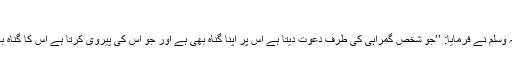
باب الحث علی الصدقہ 1017)
ابو ہریرہ رضی اللہ عنہ سے روایت ہے نبی رحمت صلی اللہ علیہ وسلم نے فرمایا: ’’جو شخص گمراہی کی طرف دعوت دیتا ہے اس پر اپنا گناہ بھی ہے اور جو اس کی پیروی کرتا ہے اس کا گناہ بھی اور اس طرح پیروی کرنے والوں کے گناہ کم نہیں ہوں گے‘‘۔